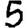
Digit: 5